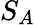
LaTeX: S_{A}